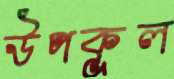
উপকূল